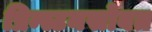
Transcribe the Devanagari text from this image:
प्रिन्स्टनसोबत